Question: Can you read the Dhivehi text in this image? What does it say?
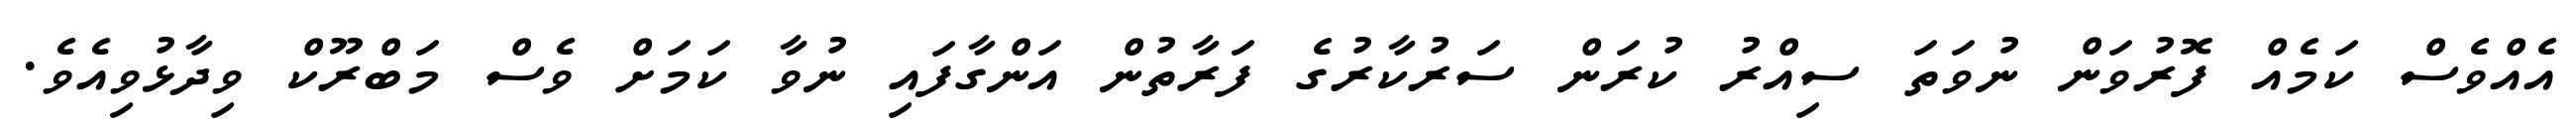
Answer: އެއްވެސް ކަމެއް ފޮރުވަން ނުވަތަ ސިއްރު ކުރަން ސަރުކާރުގެ ފަރާތުން އަންގާފައި ނުވާ ކަމަށް ވެސް މަބްރޫކް ވިދާޅުވިއެވެ.